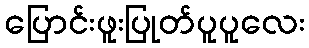
ပြောင်းဖူးပြုတ်ပူပူလေး